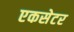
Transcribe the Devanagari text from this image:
एकसेटर